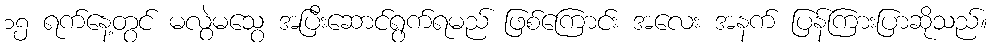
၁၅ ရက်နေ့တွင် မလွဲမသွေ အပြီးဆောင်ရွက်ရမည် ဖြစ်ကြောင်း အလေး အနက် ပြန်ကြားပြာဆိုသည်။